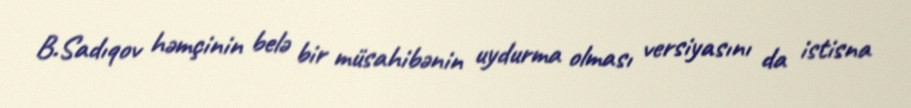
B.Sadıqov həmçinin belə bir müsahibənin uydurma olması versiyasını da istisna